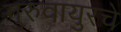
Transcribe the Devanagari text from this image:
गुरुवायुरचे